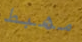
مهبط